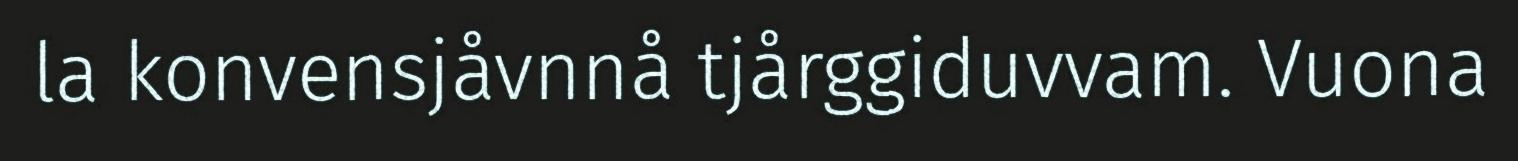
la konvensjåvnnå tjårggiduvvam. Vuona